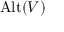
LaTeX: \operatorname { A l t } ( V )